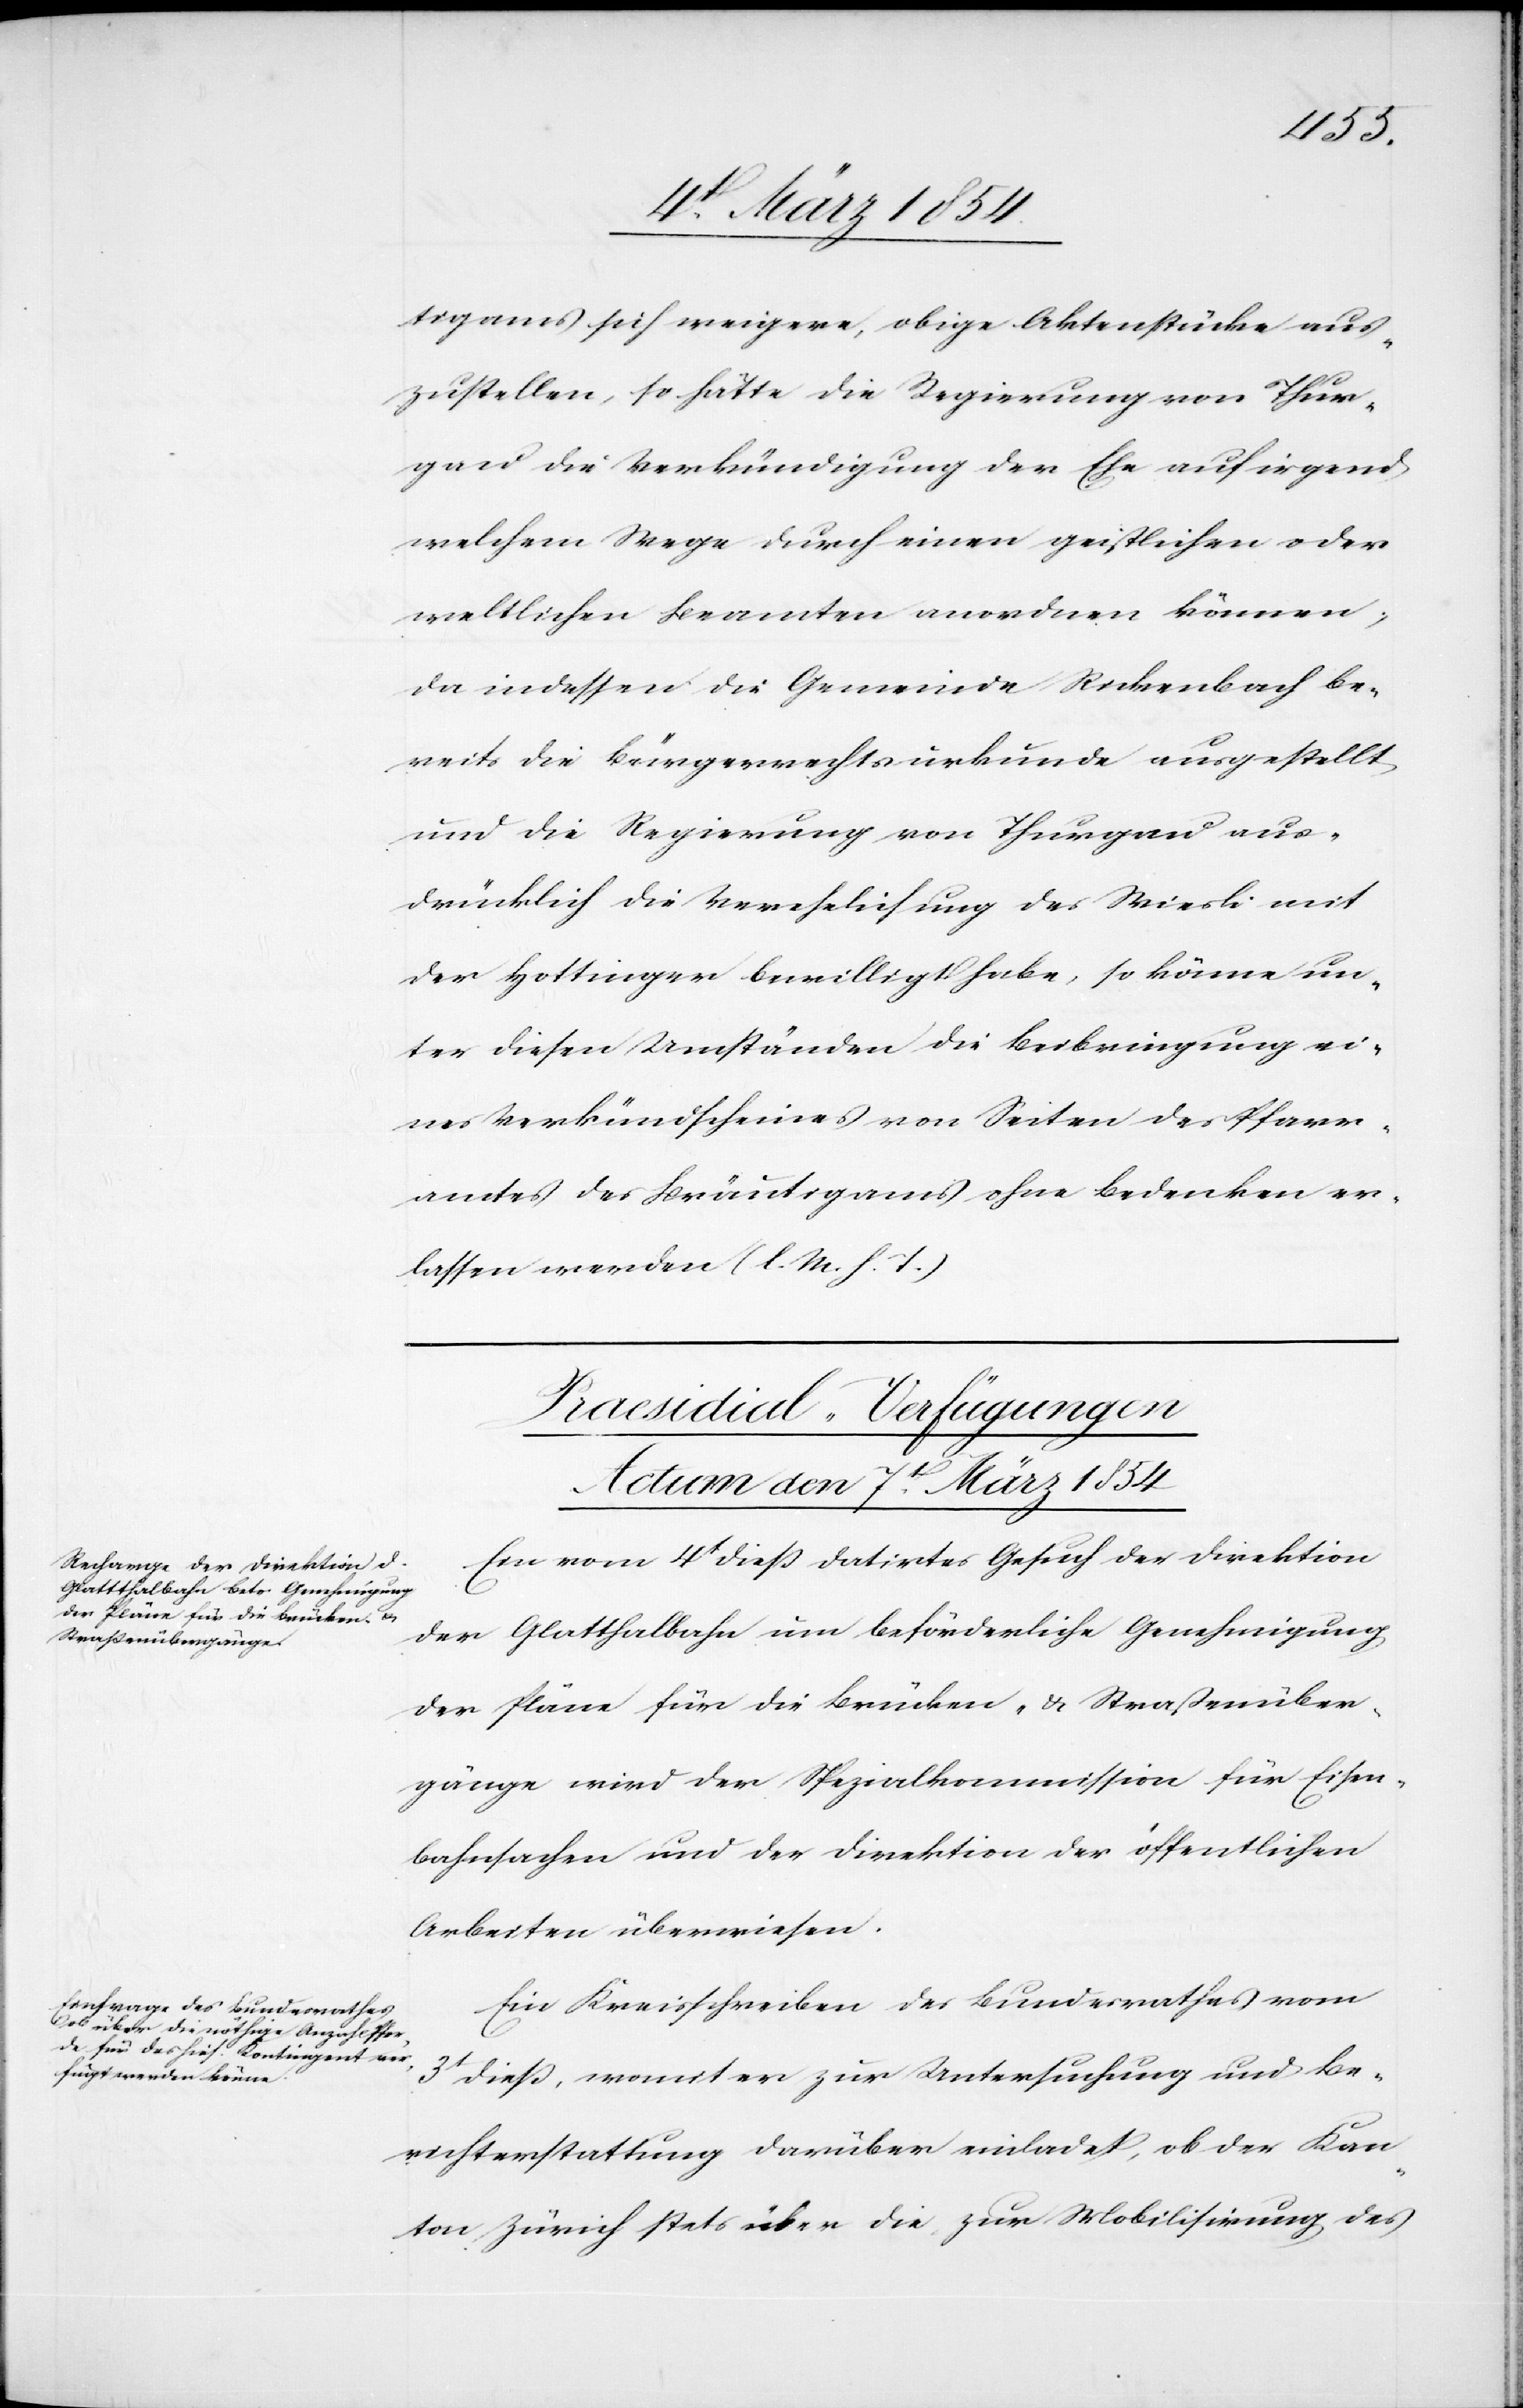
tigams sich weigere, obige Aktenstücke aus¬
zustellen, so hätte die Regierung von Thur¬
gau die Verkündigung der Ehe auf irgend
welchem Wege durch einen geistlichen oder
weltlichen Beamten anordnen können;
da indessen die Gemeinde Rickenbach be¬
reits die Bürgerrechtsurkunde ausgestellt
und die Regierung von Thurgau aus¬
drücklich die Verehelichung des Wiesli mit
der Hottinger bewilligt habe, so könne un¬
ter diesen Umständen die Beibringung ei¬
nes Verkündscheines von Seiten des Pfarr¬
amtes des Bräutigams ohne Bedenken er¬
lassen werden (l. M. h. T.)[.]
[Praesidial-Verfügungen
Actum den 7t März 1854.]
Ein vom 4t dieß datirtes Gesuch der Direktion
der Glatthalbahn um beförderliche Genehmigung
der Pläne für die Brücken- & Straßenüber¬
gänge wird der Spezialkommission für Eisen¬
bahnsachen und der Direktion der öffentlichen
Arbeiten überwiesen.
Ein Kreisschreiben des Bundesrathes vom
3t dieß, womit er zur Untersuchung und Be¬
richterstattung darüber einladet, ob der Kan¬
ton Zürich über die zur Mobilisirung des